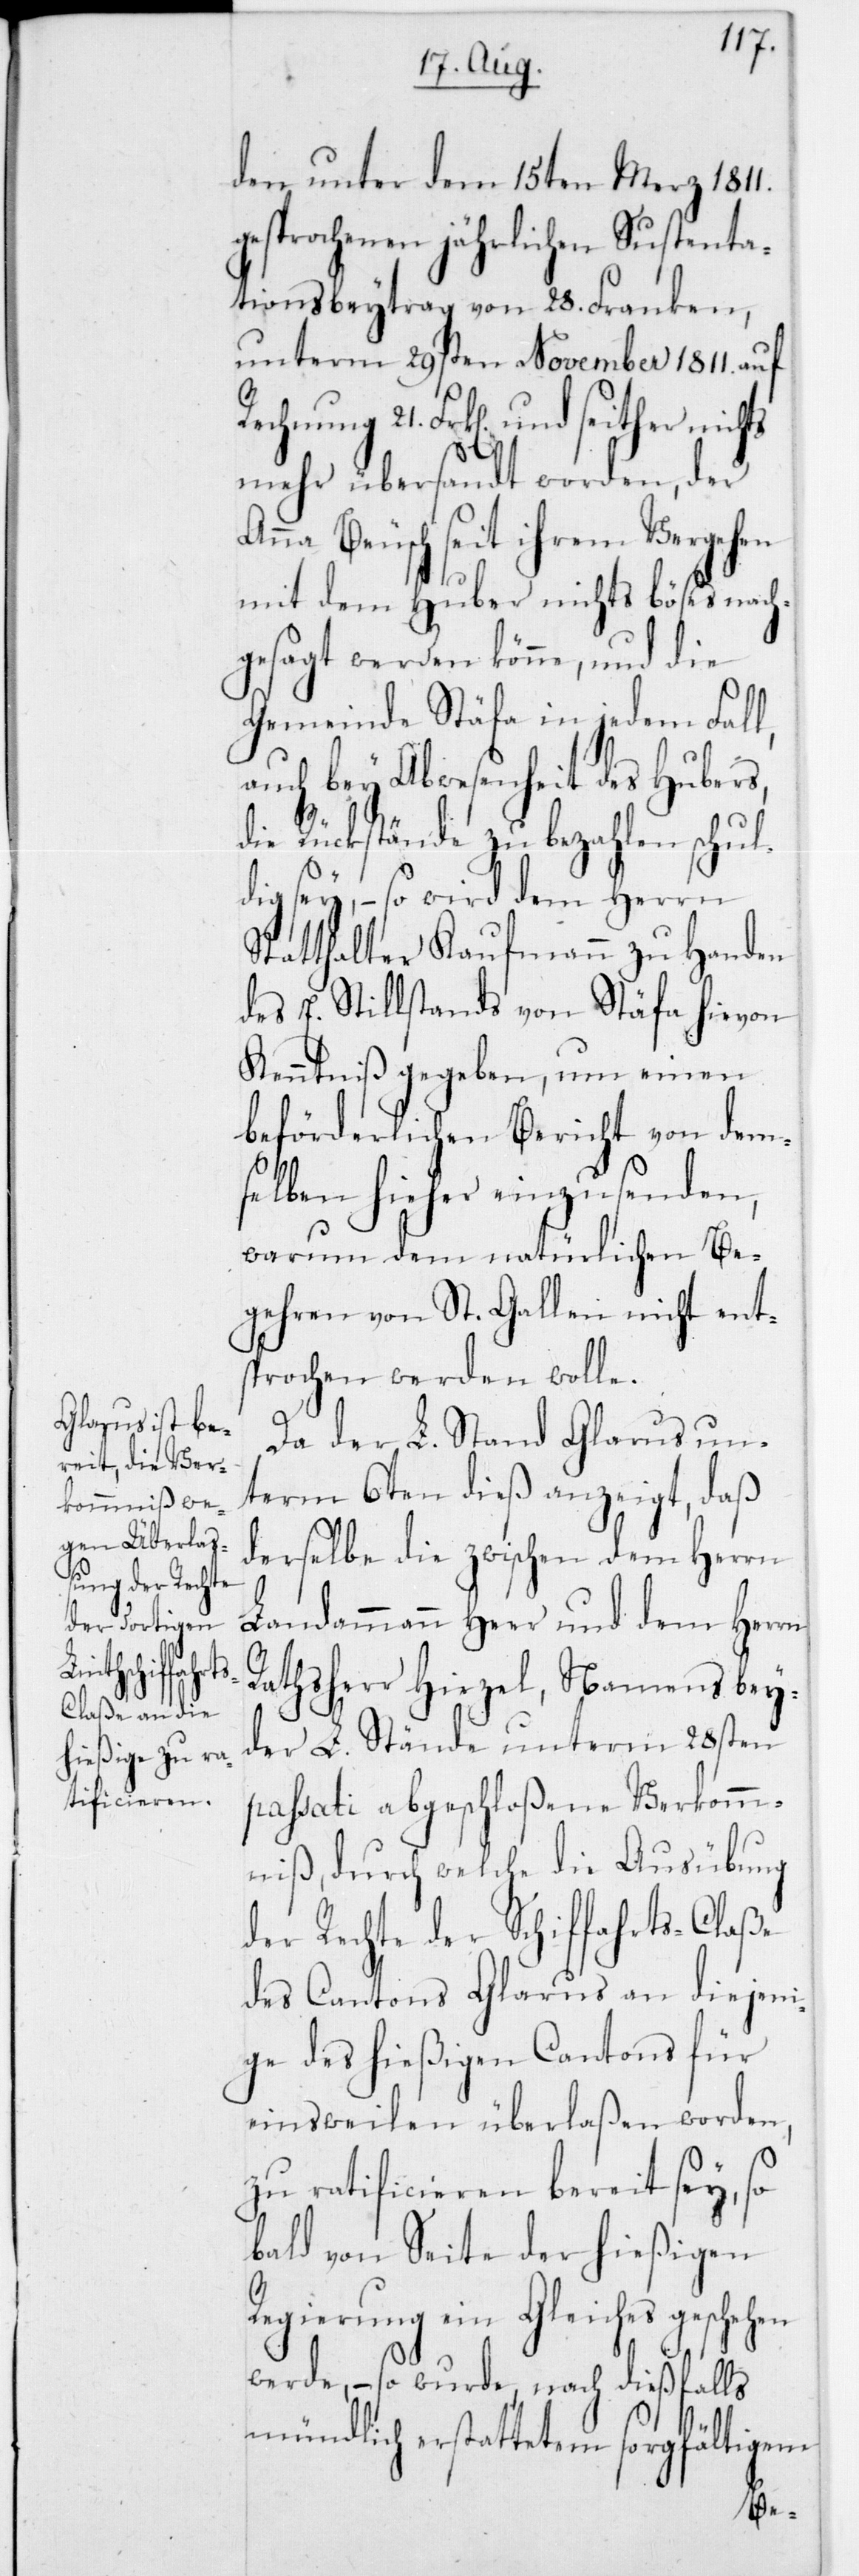
den unter dem 15ten Merz 1811
gesprochenen jährlichen Sustenta¬
tionsbeitrag von 28 Franken,
unterm 29sten November 1811 auf
Rechnung 21 Frk[en], und seither
mehr übersandt worden, der
Anna Beusch seit ihrem Vergehen
mit dem Huber nichts böses nach¬
gesagt werden könne, und die
Gemeinde Stäfa in jedem Fall,
auch bey Abwesenheit des Hubers,
die Rückstände zu bezahlen schul¬
dig sey, – so wird dem Herrn
Statthalter Kaufmann zu Handen
des E. Stillstands von Stäfa hievon
Kenntniß gegeben, um einen
beförderlichen Bericht von dem¬
selben hieher einzusenden,
warum dem natürlichen Be¬
gehren von St. Gallen nicht ent¬
sprochen werden wolle.
Da der L. Stand Glarus un¬
term 6ten dieß anzeigt, daß
derselbe die zwischen dem Herrn
Landammann Heer und dem Herrn
Rathsherr Hirzel, namens bey¬
der L. Stände unterm 28sten
passati abgeschloßene Verkomm¬
niß, durch welche die Ausübung
der Rechte der Schiffahrts-Claße
des Cantons Glarus an diejeni¬
ge des hießigen Cantons für
einstweilen überlaßen worden,
zu ratificieren bereit sey, so
bald von Seite der hießigen
Regierung ein Gleiches geschehen
werde, – so wurde, – nach dießfalls
mündlich erstattetem sorgfältigem